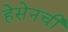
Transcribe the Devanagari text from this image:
हेसेनची